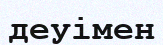
деуімен